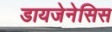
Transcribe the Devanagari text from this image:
डायजेनेसिस